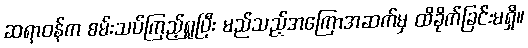
ဆရာဝန်က စမ်းသပ်ကြည့်ရှုပြီး မည်သည့်အကြောအဆက်မှ ထိခိုက်ခြင်းမရှိ။